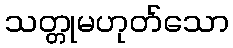
သတ္တုမဟုတ်သော